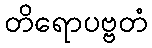
တိရောပဗ္ဗတံ